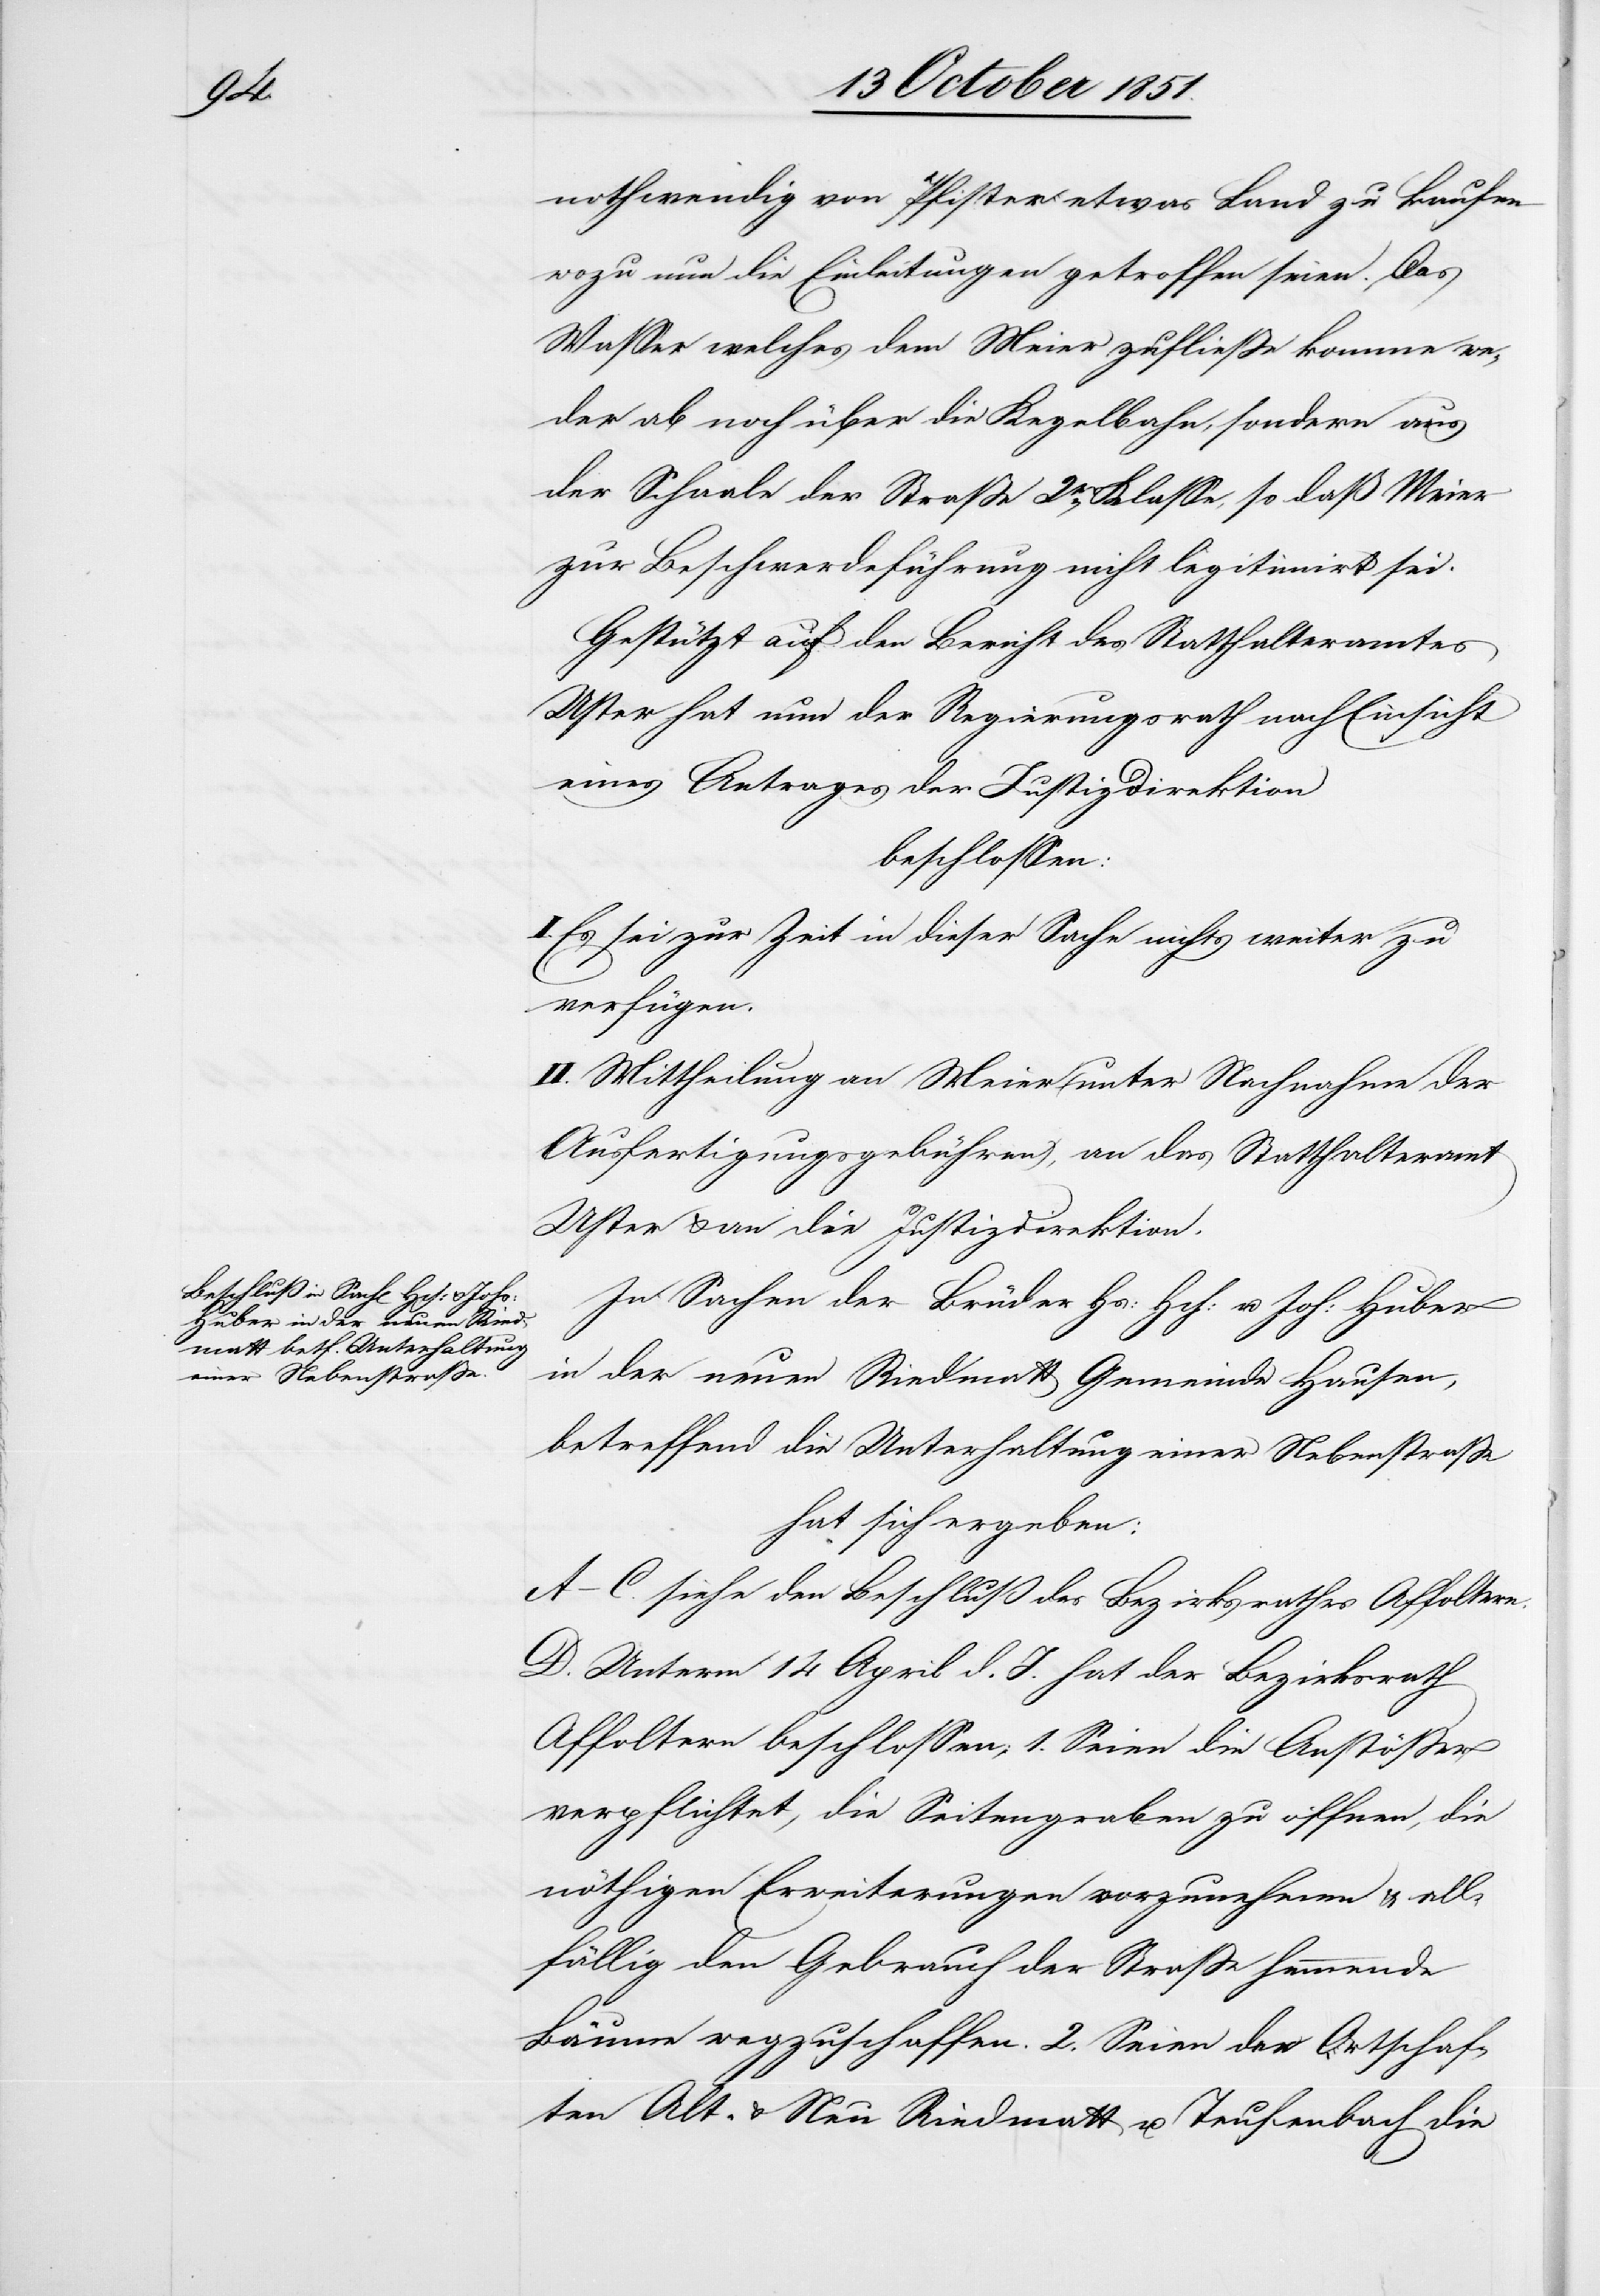
chaf¬

nothwendig von Pfister etwas Land zu kaufen
wozu nun die Einleitungen getroffen seien. Das
Wasser welches dem Meier zufließe komme we¬
der ab noch über die Kegelbahn, sondern aus
der Schaale der Straße 2t. Klasse, so daß Meier
zur Beschwerdeführung nicht legitimirt sei.
Gestützt auf den Bericht des Statthalteramtes
Uster hat nun der Regierungsrath nach Einsicht
eines Antrages der Justizdirektion
beschlossen:
Es sei zur Zeit in dieser Sache nichts weiter zu
verfügen.
II. Mittheilung an Meier (unter Nachnahme der
Ausfertigungsgebühren), an das Statthalteramt
Uster & an die Justizdirektion.
In Sachen der Brüder Hs: Hch: u. Joh: Huber
in der neuen Riedmatt Gemeinde Hausen,
betreffend die Unterhaltung einer Nebenstraße
hat sich ergeben:
A–C. siehe den Beschluß des Bezirksrathes Affoltern.
D. Unterm 14 April d. J. hat der Bezirksrath
Affoltern beschlossen; 1. Seien die Anstößer
verpflichtet, die Seitengraben zu öffnen, die
nöthigen Erweiterungen vorzunehmen & all¬
fällig den Gebrauch der Straße hemmende
Bäume wegzuschaffen. 2. Seien [recte:
ten Alt- & Neu Riedmatt u. Teufenbach die